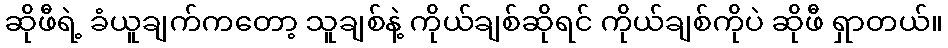
ဆိုဖီရဲ့ ခံယူချက်ကတော့ သူချစ်နဲ့ ကိုယ်ချစ်ဆိုရင် ကိုယ်ချစ်ကိုပဲ ဆိုဖီ ရှာတယ်။